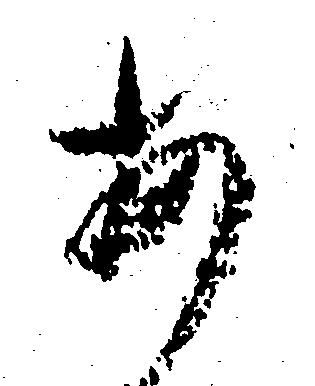
あ